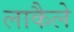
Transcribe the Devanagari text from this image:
लाकैले